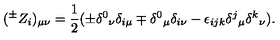
( ^ { \pm } Z _ { i } ) _ { \mu \nu } = \frac { 1 } { 2 } ( \pm \delta ^ { 0 } { } _ { \nu } \delta _ { i \mu } \mp \delta ^ { 0 } { } _ { \mu } \delta _ { i \nu } - \epsilon _ { i j k } \delta ^ { j } { } _ { \mu } \delta ^ { k } { } _ { \nu } ) .